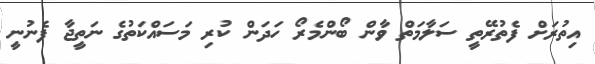
އިތުރަށް ފެތުރޭތީ ސަލާމަތް ވާން ބޯންމެރޯ ހަދަން ކުރި މަސައްކަތުގެ ނަތީޖާ ފެނުނީ